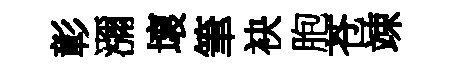
彰瀰壞筆袂胞苍竦